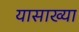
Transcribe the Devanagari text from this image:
यासाख्या